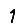
Digit: 1